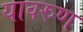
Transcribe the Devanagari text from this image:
यावरुण